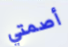
أصمتي